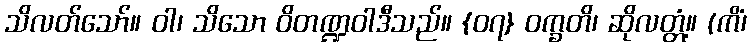
သိလတ်သော်။ ဝါ၊ သိသော ဝိတဏ္ဍဝါဒီသည်။ {၀၇} ဝက္ခတိ၊ ဆိုလတ္တံ့။ (ကိံ၊